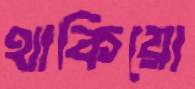
থাকিয়ো